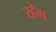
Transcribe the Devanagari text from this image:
रहेग